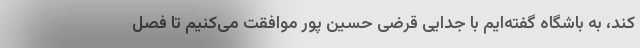
کند، به باشگاه گفته‌ایم با جدایی قرضی حسین پور موافقت می‌کنیم تا فصل